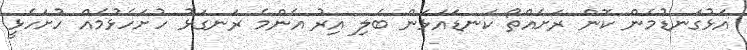
އަޅުގަނޑުމެން ކޮން ރަށެއްތޯ ކަނޑައަޅަން ބެލި އިރު އެންމެ ރަނގަޅު ހުށަހެޅުމެއް ހުށަހެޅީ